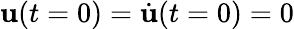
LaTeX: {\mathbf u}(t=0)={\dot{\mathbf u}}(t=0)=0